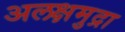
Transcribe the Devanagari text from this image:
अलक्षमुद्रा